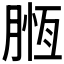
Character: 𣎄